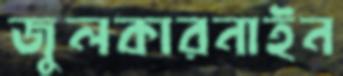
জুলকারনাইন